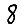
Digit: 8